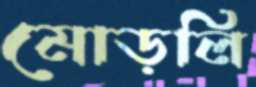
মোড়লি